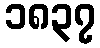
၁၈၃၇